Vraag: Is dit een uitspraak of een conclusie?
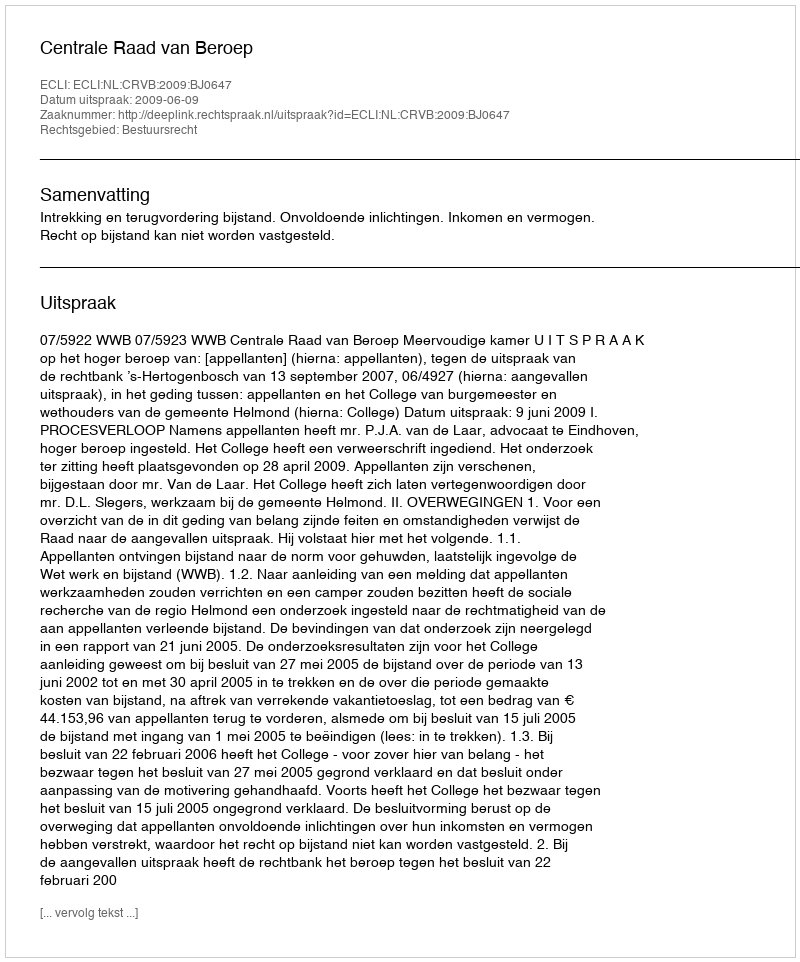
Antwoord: Uitspraak